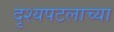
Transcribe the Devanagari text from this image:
दृश्यपटलाच्या